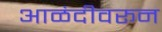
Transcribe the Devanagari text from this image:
आळंदीवरून